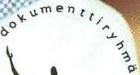
dokumenttiryhmä